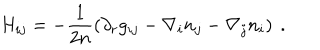
H _ { i j } = - \frac 1 { 2 n } \left( \partial _ { r } g _ { i j } - \nabla _ { i } n _ { j } - \nabla _ { j } n _ { i } \right) ~ .